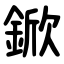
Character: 鍁